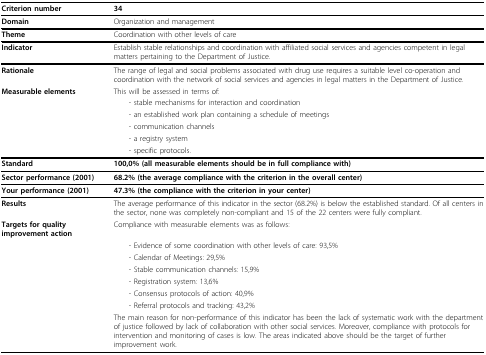
<table><thead><tr><td><b>Criterion number</b></td><td><b>34</b></td></tr></thead><tbody><tr><td><b>Domain</b></td><td>Organization and management</td></tr><tr><td><b>Theme</b></td><td>Coordination with other levels of care</td></tr><tr><td><b>Indicator</b></td><td>Establish stable relationships and coordination with affiliated social services and agencies competent in legal matters pertaining to the Department of Justice.</td></tr><tr><td><b>Rationale</b></td><td>The range of legal and social problems associated with drug use requires a suitable level co-operation and coordination with the network of social services and agencies in legal matters in the Department of Justice.</td></tr><tr><td><b>Measurable elements</b></td><td>This will be assessed in terms of:</td></tr><tr><td></td><td> - stable mechanisms for interaction and coordination</td></tr><tr><td></td><td> - an established work plan containing a schedule of meetings</td></tr><tr><td></td><td> - communication channels</td></tr><tr><td></td><td> - a registry system</td></tr><tr><td></td><td> - specific protocols.</td></tr><tr><td><b>Standard</b></td><td><b>100,0% (all measurable elements should be in full compliance with)</b></td></tr><tr><td><b>Sector performance (2001)</b></td><td><b>68.2% (the average compliance with the criterion in the overall center)</b></td></tr><tr><td><b>Your performance (2001)</b></td><td><b>47.3% (the compliance with the criterion in your center)</b></td></tr><tr><td><b>Results</b></td><td>The average performance of this indicator in the sector (68.2%) is below the established standard. Of all centers in the sector, none was completely non-compliant and 15 of the 22 centers were fully compliant.</td></tr><tr><td><b>Targets for quality improvement action</b></td><td>Compliance with measurable elements was as follows:</td></tr><tr><td></td><td> - Evidence of some coordination with other levels of care: 93,5%</td></tr><tr><td></td><td> - Calendar of Meetings: 29,5%</td></tr><tr><td></td><td> - Stable communication channels: 15,9%</td></tr><tr><td></td><td> - Registration system: 13,6%</td></tr><tr><td></td><td> - Consensus protocols of action: 40,9%</td></tr><tr><td></td><td> - Referral protocols and tracking: 43,2%</td></tr><tr><td></td><td>The main reason for non-performance of this indicator has been the lack of systematic work with the department of justice followed by lack of collaboration with other social services. Moreover, compliance with protocols for intervention and monitoring of cases is low. The areas indicated above should be the target of further improvement work.</td></tr></tbody></table>